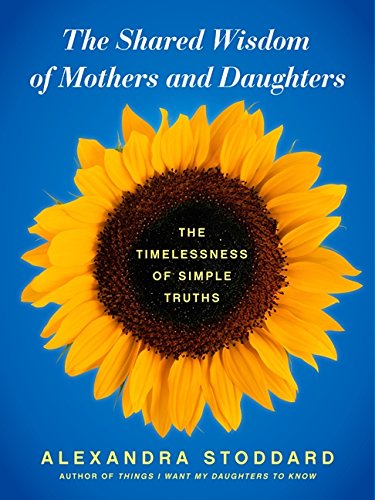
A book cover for The Shared Wisdom of Mothers and Daughters: The Timelessness of Simple Truths; Alexandra Stoddard; Self-Help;